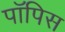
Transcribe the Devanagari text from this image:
पॉपिस